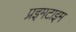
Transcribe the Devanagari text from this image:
प्रइमटाइम